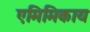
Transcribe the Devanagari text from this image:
एमिमिकाय